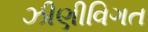
ઝીણીવિગત